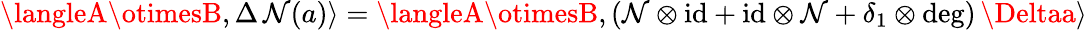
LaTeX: \langleA\otimesB,\Delta\, \mathcal{N}(a)\rangle=\langleA\otimesB,(\mathcal{N}\otimes\mathrm{{id}}+\mathrm{{id}}\otimes\mathcal{N}+\delta_{1}\otimes\deg)\, \Deltaa\rangle